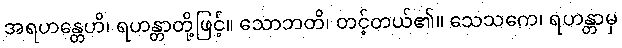
အရဟန္တေဟိ၊ ရဟန္တာတို့ဖြင့်။ သောဘတိ၊ တင့်တယ်၏။ သေသကေ၊ ရဟန္တာမှ